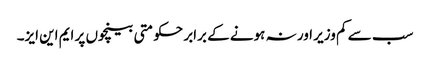
سب سے کم وزیر اور نہ ہونے کے برابر حکومتی بینچوں پر ایم این ایز۔